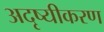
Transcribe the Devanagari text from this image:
अदृष्यीकरण